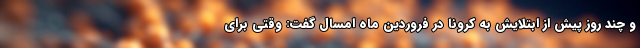
و چند روز پیش از ابتلایش به کرونا در فروردین ماه امسال گفت: وقتی برای